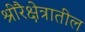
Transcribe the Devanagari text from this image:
श्रीरैक्षेत्रातील